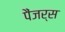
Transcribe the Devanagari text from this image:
पैंजर्स